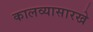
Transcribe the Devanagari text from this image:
कालव्यासारखे